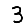
Digit: 3